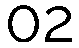
02